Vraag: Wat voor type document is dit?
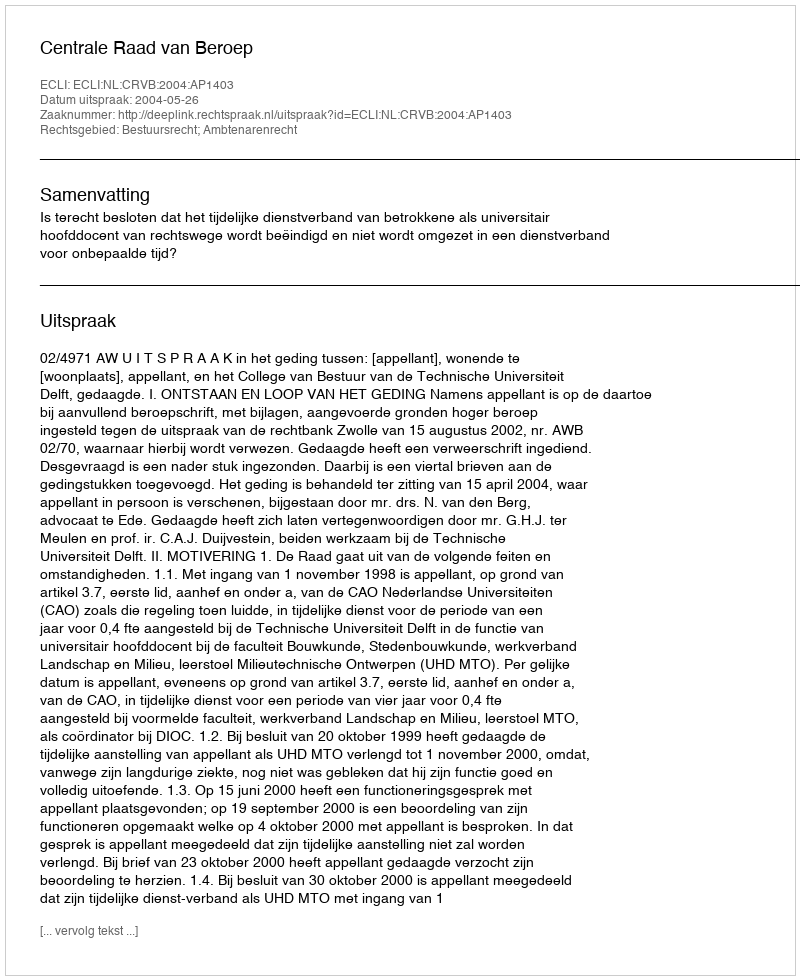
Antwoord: Uitspraak